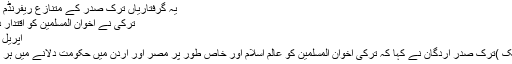
یہ گرفتاریاں ترک صدر کے متنازع ریفرنڈم میں کامیابی کے …
ترکی نے اخوان المسلمین کو اقتدار دلانے کی یقین دہانی
اپریل 26, 2017	521
انقرہ (مانیٹرنگ ڈیسک )ترک صدر اردگان نے کہا کہ ترکی اخوان المسلمین کو عالم اسلام اور خاص طور پر مصر اور اردن میں حکومت دلانے میں ہر ممکن کوشش کریگا۔